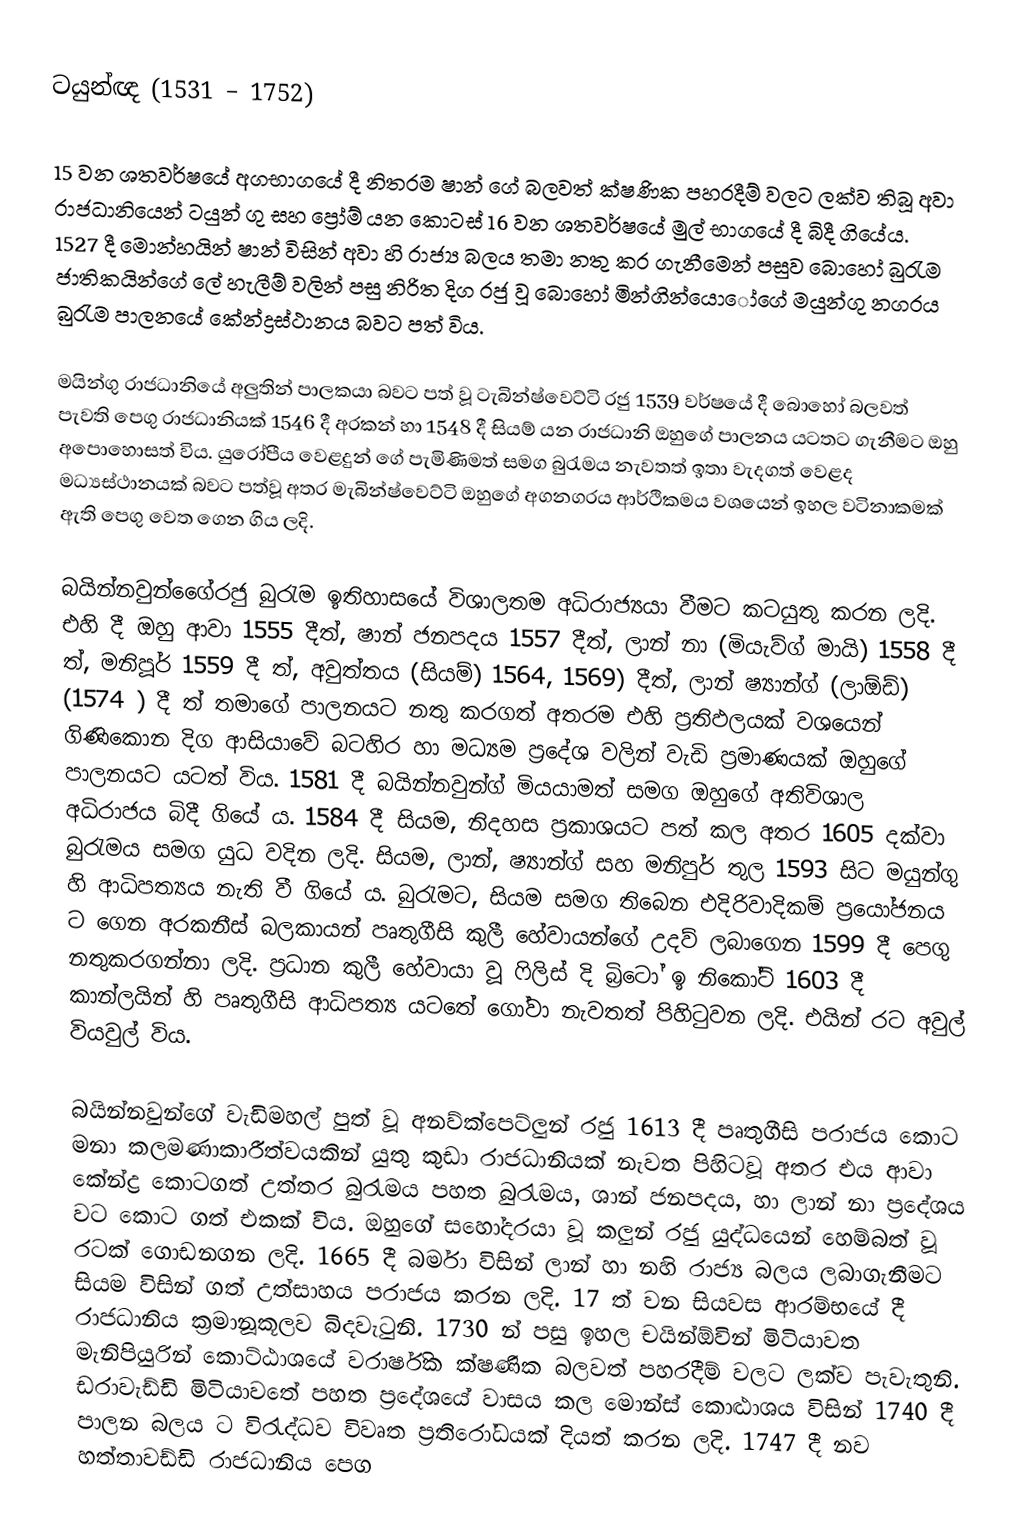
ටයුන්ඥ (1531 – 1752)

15 වන ශතවර්ෂයේ අගභාගයේ දී නිතරම ෂාන් ගේ බලවත් ක්ෂණික පහරදීම් වලට ලක්ව තිබූ අවා රාජධානියෙන් ටයුන් ගු සහ ප්‍රෝම් යන කොටස් 16 වන ශතවර්ෂයේ මුල් භාගයේ දී බිදී ගියේය. 1527 දී මොන්හයින් ෂාන් විසින් අවා හි රාජ්‍ය බලය තමා නතු කර ගැනීමෙන් පසුව බොහෝ බුරැම ජාතිකයින්ගේ ලේ හැලීම් වලින් පසු නිරිත දිග රජු වූ බොහෝ මින්ගින්යොෝගේ මයුන්ගු නගරය බුරැම පාලනයේ කේන්ද්‍රස්ථානය බවට පත් විය.

මයින්ගු රාජධානියේ අලුතින් පාලකයා බවට පත් වූ ටැබින්ෂ්වෙට්ටි රජු 1539 වර්ෂයේ දී බොහෝ බලවත් පැවති පෙගු රාජධානියක් 1546 දී අරකන් හා 1548 දී සියම් යන රාජධානි ඔහුගේ පාලනය යටතට ගැනීමට ඔහු අපොහොසත් විය. යුරෝපීය වෙළදුන් ගේ පැමිණිමත් සමග බුරැමය නැවතත් ඉතා වැදගත් වෙළද මධ්‍යස්ථානයක් බවට පත්වූ අතර මැබින්ෂ්වෙට්ටි ඔහුගේ අගනගරය ආර්ථිකමය වශයෙන් ඉහල වටිනාකමක් ඇති පෙගු  වෙත ගෙන ගිය ලදි.

බයින්නවුන්ගෙේරජු බුරැම ඉතිහාසයේ විශාලතම අධිරාජ්‍යයා වීමට කටයුතු කරන ලදි. එහි දී ඔහු ආවා 1555 දීත්, ෂාන් ජනපදය 1557 දීත්, ලාන් නා (මියැව්ග් මායි) 1558  දී ත්, මනිපූර් 1559 දී ත්, අවුත්තය (සියම්) 1564, 1569) දීත්, ලාන්  ෂ්‍යාන්ග් (ලාඕඩ්) (1574 ) දී ත් තමාගේ පාලනයට නතු කරගත් අතරම එහි ප්‍රතිඵලයක් වශයෙන් ගිණිකොන දිග ආසියාවේ බටහිර හා මධ්‍යම ප්‍රදේශ වලින් වැඩි ප්‍රමාණයක් ඔහුගේ පාලනයට යටත් විය. 1581 දී බයින්නවුන්ග් මියයාමත් සමග ඔහුගේ අතිවිශාල අධිරාජය බිදී ගියේ ය. 1584 දී සියම, නිදහස ප්‍රකාශයට පත් කල අතර 1605 දක්වා බුරැමය  සමග යුධ වදින ලදි.  සියම, ලාන්, ෂ්‍යාන්ග් සහ මනිපුර් තුල  1593 සිට මයුන්ගු හි ආධිපත්‍යය නැති වී ගියේ ය. බුරැමට, සියම සමග තිබෙන එදිරිවාදිකම් ප්‍රයෝජනය ට ගෙන අරකනීස් බලකායන් පෘතුගීසි කුලී හේවායන්‍ගේ උදව්  ලබාගෙන 1599 දී පෙගු නතුකරගන්නා ලදි. ප්‍රධාන කුලී හේවායා වූ ෆිලිස් දි බ්‍රිටෝ ඉ නිකෝට් 1603 දී කාන්ලයින් හි පෘතුගීසි ආධිපත්‍ය යටතේ ගෝවා නැවතත් පිහිටුවන ලදි. එයින් රට අවුල් වියවුල් විය.

බයින්නවුන්ගේ වැඩිමහල් පුත් වූ අනව්ක්පෙට්ලුන් ‍රජු 1613 දී පෘතුගීසි පරාජය කොට මනා කලමණාකාරීත්වයකින් යුතු කුඩා රාජධානියක් නැවත පිහිටවූ අතර එය ආවා කේන්ද්‍ර කොටගත් උත්තර බුරැමය පහත බුරැමය, ශාන් ජනපදය, හා ලාන් නා ප්‍රදේශය වට කොට ගත් එකක් විය. ඔහුගේ සහෝදරයා වූ කලුන් රජු යුද්ධයෙන් හෙම්බත් වූ රටක් ගොඩනගන ලදි. 1665 දී බර්මා විසින් ලාන් හා නහි රාජ්‍ය බලය ලබාගැනීමට සියම විසින් ගත් උත්සාහය පරාජය කරන ලදි. 17  ත් වන සියවස ආරම්භයේ දී රාජධානිය ක්‍රමානූකූලව  බිදවැටුනි. 1730 න් පසු ඉහල චයින්ඕවින් මිටියාවත මැනිපියුරින් කොට්ඨාශයේ වරාර්ෂික ක්ෂණික බලවත් පහරදීම් වලට ලක්ව පැවැතුනි. ඩරාවැඩ්ඩි මිටියා‍වතේ  පහත ප්‍රදේශයේ  වාසය කල මොන්ස් කොට්‍ඨාශය විසින් 1740 දී  පාලන බලය ට විරැද්ධව විවෘත ප්‍රතිරෝධයක් දියත් කරන ලදි. 1747 දී නව හත්තාවඩ්ඩි රාජධානිය පෙග